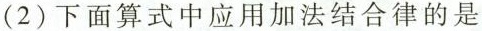
(2)下面算式中应用加法结合律的是